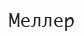
Меллер